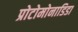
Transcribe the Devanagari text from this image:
प्रोटोमोनाडिडा